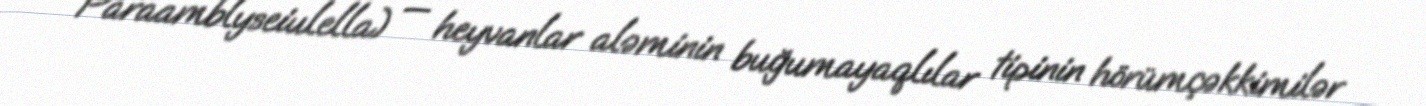
Paraamblyseiulella) — heyvanlar aləminin buğumayaqlılar tipinin hörümçəkkimilər